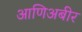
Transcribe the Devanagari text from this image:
आणिअबीर